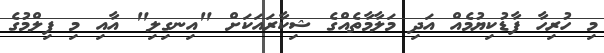
މި ހުރިހާ ފާޑުކިޔުމެއް އަދި މަލާމާތެއްގެ ޝިކާރައަކަށް "އިނގިލި" އާއި މި ފިލްމުގެ